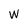
Character: W